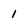
Character: 1